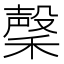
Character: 䅽